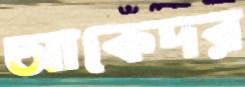
আকেদর